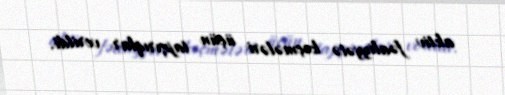
aktiv fəaliyyətə keçmələri üçün tapşırıqlar verildi.